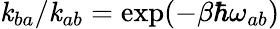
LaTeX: \mathit{k}_{ba}/\mathit{k}_{ab}=\exp(-\beta\hbar\omega_{ab})